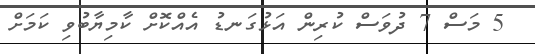
5 މަސް 7 ދުވަސް ކުރިން އަޅުގަނޑު އެއްކޮށް ކާމިޔާބުވި ކަމަށް